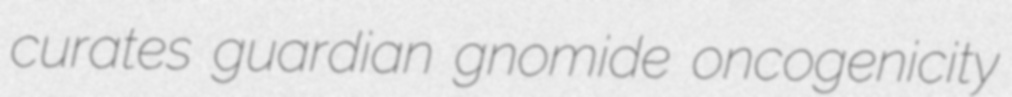
curates guardian gnomide oncogenicity